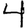
Digit: 4